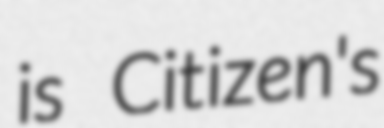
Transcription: is Citizen's